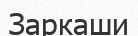
Заркаши